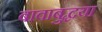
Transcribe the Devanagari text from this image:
बावाबुद्धया